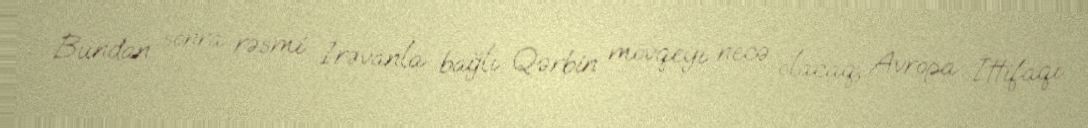
Bundan sonra rəsmi İrəvanla bağlı Qərbin mövqeyi necə olacaq, Avropa İttifaqı